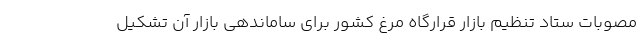
مصوبات ستاد تنظیم بازار قرارگاه مرغ کشور برای ساماندهی بازار آن تشکیل